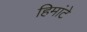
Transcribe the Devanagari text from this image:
हिमांटे